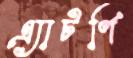
এ্যাটর্ণি